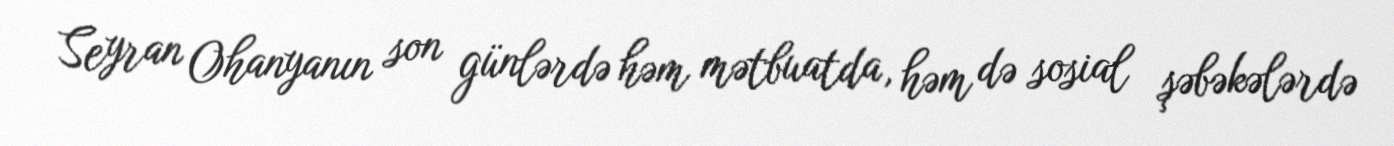
Seyran Ohanyanın son günlərdə həm mətbuatda, həm də sosial şəbəkələrdə